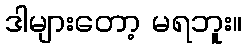
ဒါများတော့ မရဘူး။